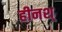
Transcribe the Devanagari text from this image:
हीनश्